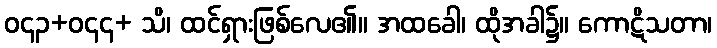
ဝ၄၃+ဝ၄၄+ သိ၊ ထင်ရှားဖြစ်လေ၏။ အထခေါ၊ ထိုအခါ၌။ ကောဋိသတာ၊